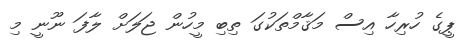
ޕީގެ ހުރިހާ އިސް މަޤާމްތަކުގަ ތިބި މީހުން ޖަލަށް ލާފަ ނޫނީ މި